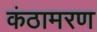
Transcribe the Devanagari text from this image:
कंठामरण